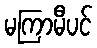
မကြာမီပင်